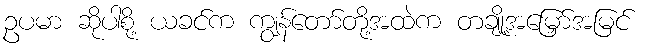
ဥပမာ ဆိုပါစို့ ယခင်က ကျွန်တော်တို့အထဲက တချို့အမြှော်အမြင်